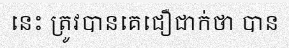
នេះ ត្រូវបានគេជឿជាក់ថា បាន